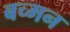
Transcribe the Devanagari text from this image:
बच्मन